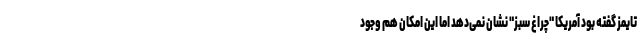
تایمز گفته بود آمریکا "چراغ سبز" نشان نمی‌دهد اما این امکان هم وجود